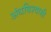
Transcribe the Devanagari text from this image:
अंधविश्‍वासी